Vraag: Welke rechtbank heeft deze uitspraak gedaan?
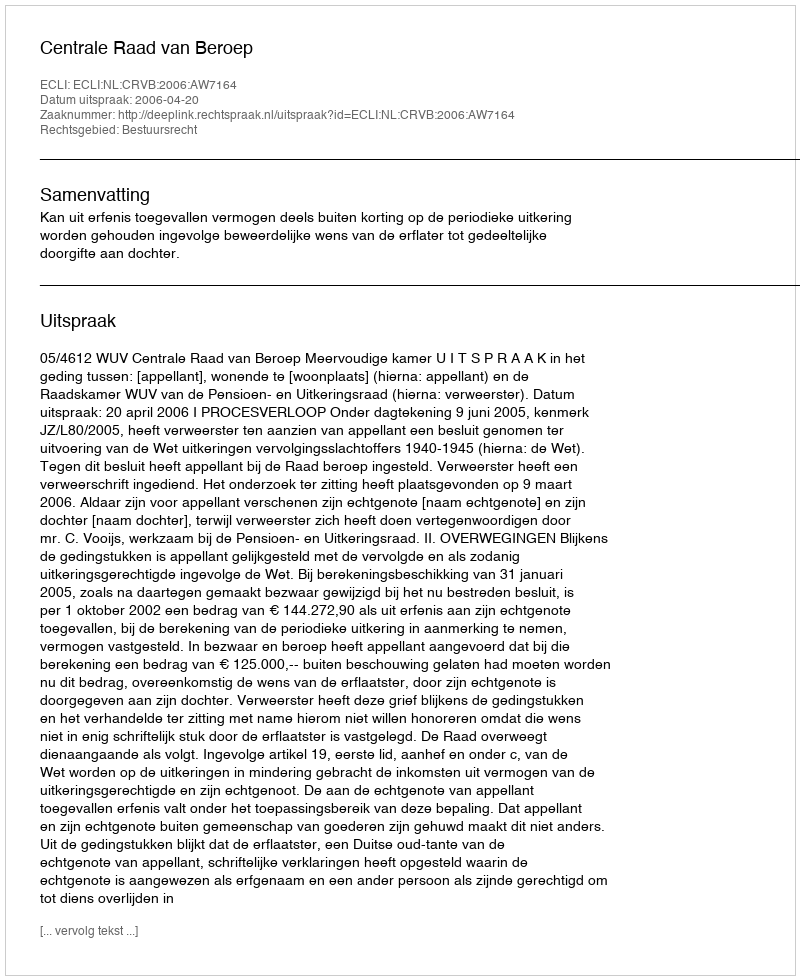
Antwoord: Centrale Raad van Beroep